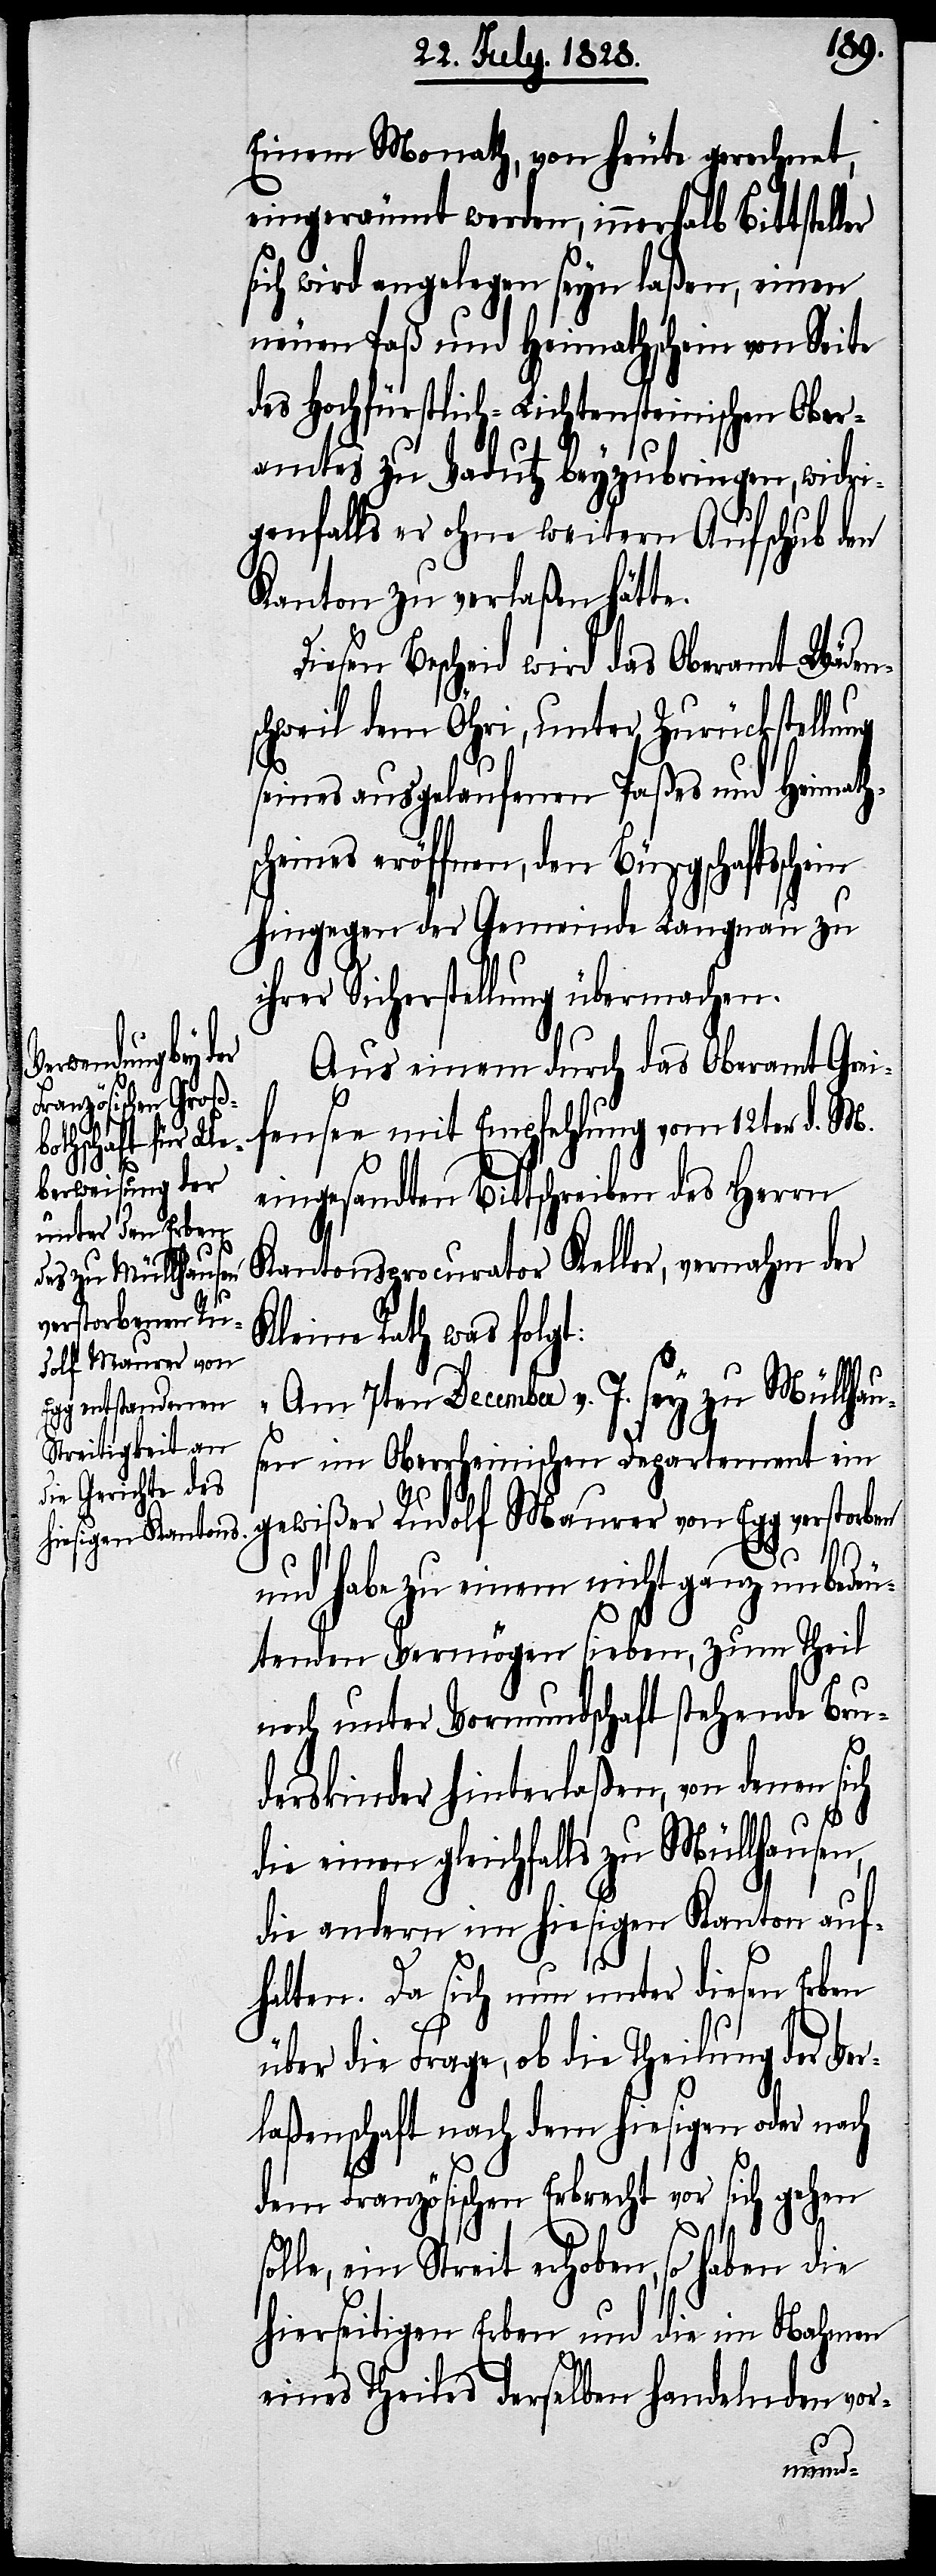
Einem Monath, von heute gerechnet,
eingeräumt werden, innerhalb Bittstel¬
sich wird angelegen seyn laßen, einen
neuen Paß und Heimathschein von Seite
des Höchfürstlich-Lichtensteinischen Ober¬
amtes zu Vadutz beyzubringen, widri¬
genfalls er ohne weitern Aufschub den
Kanton zu verlaßen hätte.
iesen Bescheid wird das Oberamt Wäden¬
schweil dem Öhri, unter Zurückstellung
seines ausgelaufenen Paßes und Heimathsc¬
heines eröffnen, den Bürgschaftssche¬
hingegen der Gemeinde Langnau zu
ihrer Sicherstellung übermachen.
Aus einem durch das Oberamt Grei¬
fensee mit Empfehlung vom 12ten d. M.
eingesandte Bittschreiben des Herrn
Kantonsprocurator Keller, vernahm der
Kleine Rath was folgt:
„Am 7ten December v. J. sey zu Müllhau¬
sen im Oberrheinischen Departement ein
gewißer Rudolf Maurer von Egg verstorben
s¬
und habe zu einem nicht ganz unbedeu¬
tenden Vermögen sieben, zum Theil
noch unter Vormundschaft stehende Bru¬
derskinder hinterlaßen, von denen
die einen gleichfalls zu Müllhausen,
die andern im hiesigen Kanton auf¬
halten. Da sich nun unter diesen Erben
über die Frage, ob die Theilung der Ver¬
laßenschaft nach dem hiesigen oder nach
dem Französischen Erbrecht vor sich gehen
olle, ein Streit erhoben, so haben die
hierseitigen Erben und die im Nahmen
eines Theiles derselben handelnden vor-